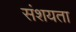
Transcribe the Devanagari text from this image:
संशयता